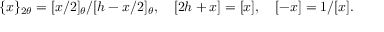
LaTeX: \{ x \} _ { 2 \theta } = [ x / 2 ] _ { \theta } / [ h - x / 2 ] _ { \theta } , ~ ~ ~ [ 2 h + x ] = [ x ] , ~ ~ ~ [ - x ] = 1 / [ x ] .